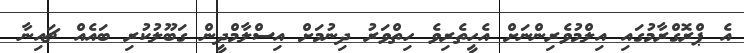
އެ ޕްރޮގްރާމުގައި އިލްމުވެރިންނަށް އެހީތެރިވެ ހިތްވަރު ދިނުމަށް އިސްލާމްދީން ގަބޫލުކުރި ބައެއް ޗައިނާ